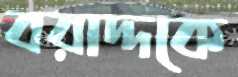
বরাদ্দকে